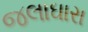
જલાઘારા